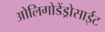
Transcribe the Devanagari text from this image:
ओलिगोडेंड्रोसाईट